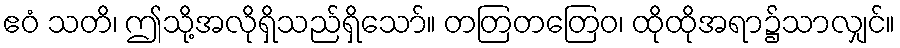
ဧဝံ သတိ၊ ဤသို့အလိုရှိသည်ရှိသော်။ တတြတတြေဝ၊ ထိုထိုအရာ၌သာလျှင်။